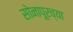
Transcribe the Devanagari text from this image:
सोनापूरच्या